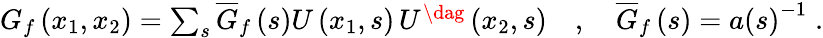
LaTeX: \begin{array}{r}{G_{f}\left(x_{1},x_{2}\right)=\sum_{s}\overline{{G}}_{f}\left(s\right)U\left(x_{1},s\right)\, U^{\dag}\left(x_{2},s\right)\quad,\quad\overline{{G}}_{f}\left(s\right)=a\left(s\right)^{-1}\; .}\end{array}